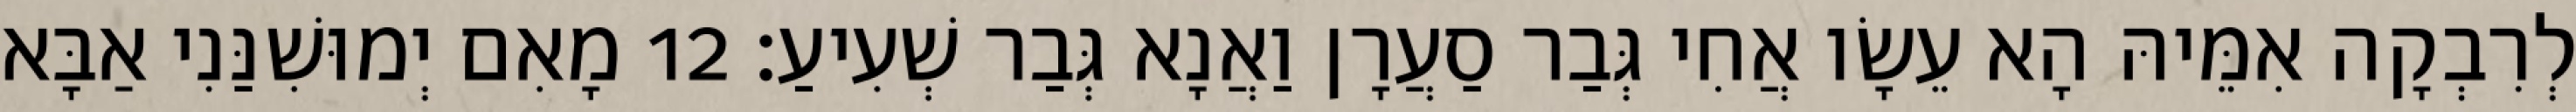
לְרִבְקָה אִמֵּיהּ הָא עֵשָׂו אֲחִי גְּבַר סַעֲרָן וַאֲנָא גְּבַר שְׁעִיעַ׃ 12 מָאִם יְמוּשִׁנַּנִי אַבָּא